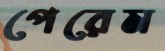
পেরেম